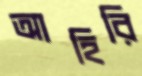
আহিরি